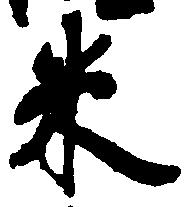
米